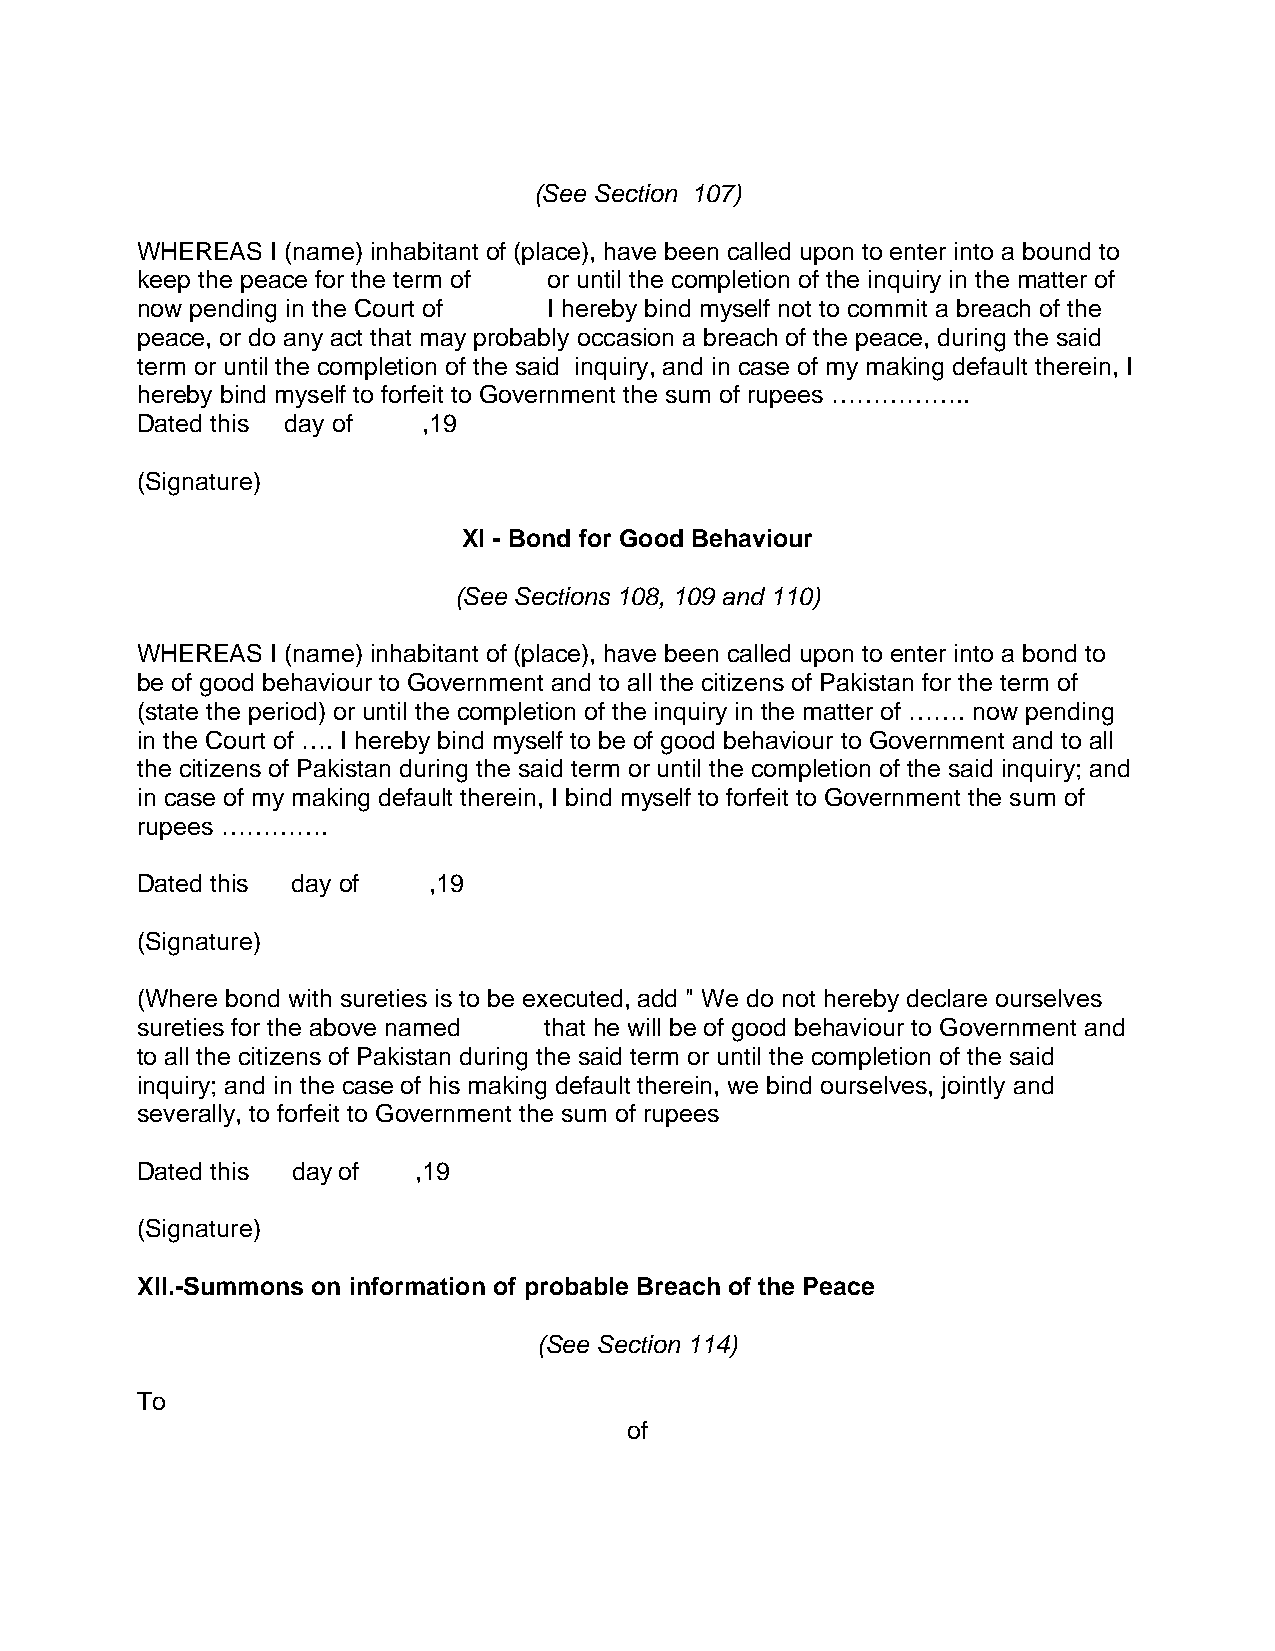
(See Section 107)
 WHEREAS  I (name) inhabitant of (place), have been called upon to enter into a bound to
 keep the peace for the term of or until the completion of the inquiry in the matter of
 now pending in the Court of I hereby bind myself not to commit a breach of the
 peace, or do any act that may probably occasion a breach of the peace, during the said
 term or until the completion of the said inquiry, and in case of my making default therein, I
 hereby bind myself to forfeit to Government the sum of rupees ……………..
 Dated this day of  ,19
 (Signature)
 XI - Bond for Good Behaviour
 (See Sections 108, 109 and 110)
 WHEREAS  I (name) inhabitant of (place), have been called upon to enter into a bond to
 be of good behaviour to Government and to all the citizens of Pakistan for the term of
 (state the period) or until the completion of the inquiry in the matter of ……. now pending
 in the Court of …. I hereby bind myself to be of good behaviour to Government and to all
 the citizens of Pakistan during the said term or until the completion of the said inquiry; and
 in case of my making default therein, I bind myself to forfeit to Government the sum of
 rupees ………….
 Dated this day of  ,19
 (Signature)
 (Where bond with sureties is to be executed, add " We do not hereby declare ourselves
 sureties for the above named that he will be of good behaviour to Government and
 to all the citizens of Pakistan during the said term or until the completion of the said
 inquiry; and in the case of his making default therein, we bind ourselves, jointly and
 severally, to forfeit to Government the sum of rupees
 Dated this day of  ,19
 (Signature)
 XII.-Summons on information of probable Breach of the Peace
 (See Section 114)
 To
 of